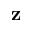
\mathbf { z }